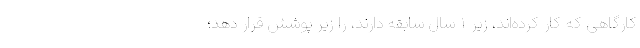
کارگاهی که کار کرده‌اند، زیر ۱ سال سابقه دارند، را زیر پوشش قرار دهد؛